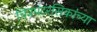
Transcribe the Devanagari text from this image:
चित्रपटरसिकांच्या